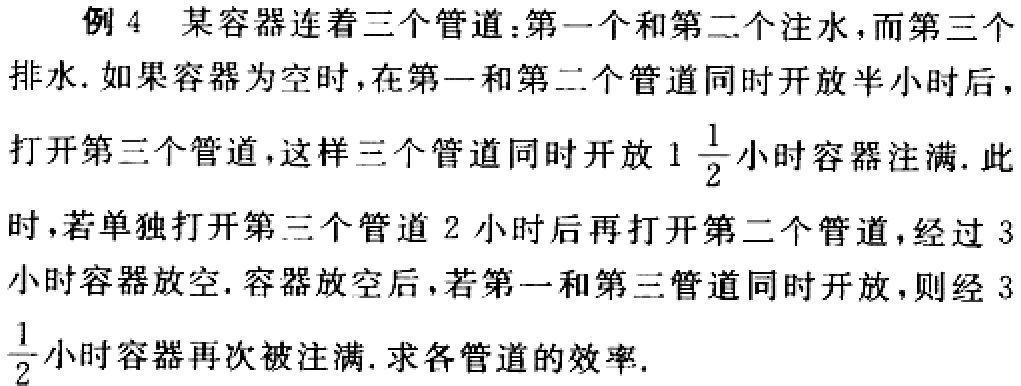
例 4 某容器连着三个管道：第一个和第二个注水，而第三个排水. 如果容器为空时，在第一和第二个管道同时开放半小时后，打开第三个管道，这样三个管道同时开放 \(1\frac{1}{2}\)小时容器注满. 此时，若单独打开第三个管道 2 小时后再打开第二个管道，经过 3 小时容器放空. 容器放空后，若第一和第三管道同时开放，则经 \(3\frac{1}{2}\)小时容器再次被注满. 求各管道的效率.